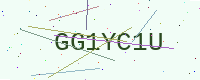
Text: GG1YC1U